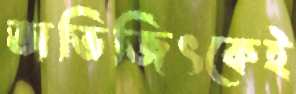
অভিজিৎকেই